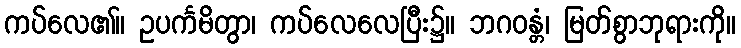
ကပ်လေ၏။ ဥပင်္ကမိတွာ၊ ကပ်လေလေပြီး၌။ ဘဂဝန္တံ၊ မြတ်စွာဘုရားကို။